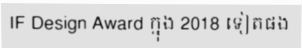
IF Design Award ក្នុង 2018 ទៀតផង